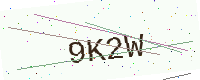
Text: 9K2W